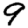
Digit: 9